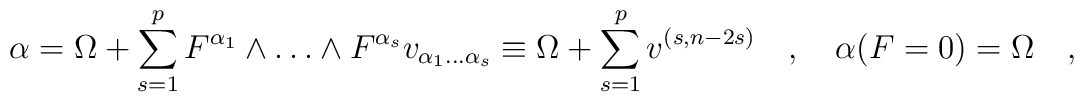
\alpha = \Omega + \sum_{s=1}^p F^{\alpha_1}\wedge\dots\wedge F^{\alpha_s}v_{\alpha_1\dots \alpha_s}\equiv\Omega + \sum_{s=1}^p v^{(s,n-2s)}\quad,\quad\alpha(F=0)=\Omega\quad,